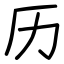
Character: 历